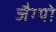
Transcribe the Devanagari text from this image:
जैग्यो